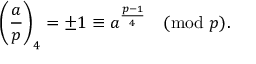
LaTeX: { \Bigg ( } { \frac { a } { p } } { \Bigg ) } _ { 4 } = \pm 1 \equiv a ^ { \frac { p - 1 } { 4 } } { \pmod { p } } .